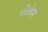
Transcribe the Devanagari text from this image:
गीवेन